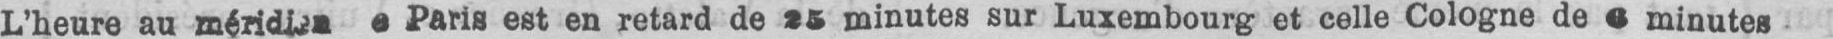
L’heure au méridien e Paris est en retard de 25 minutes sur Luxembourg et celle Cologne de 6 minutes